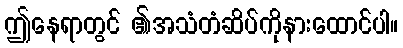
ဤနေရာတွင် ၏အသံတံဆိပ်ကိုနားထောင်ပါ။